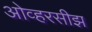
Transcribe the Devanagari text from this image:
ओव्हरसीझ